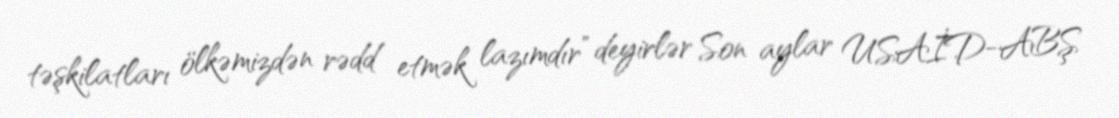
təşkilatları ölkəmizdən rədd etmək lazımdır” deyirlər Son aylar USAİD-ABŞ